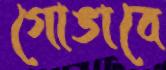
গোঙাবে